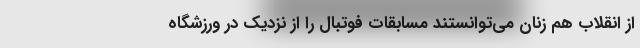
از انقلاب هم زنان می‌توانستند مسابقات فوتبال را از نزدیک در ورزشگاه